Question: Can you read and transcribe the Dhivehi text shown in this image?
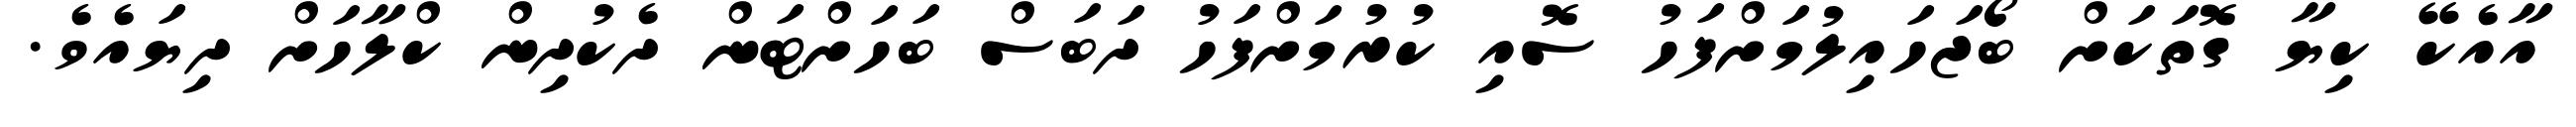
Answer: އާއެކޭ ކިޔާ ގޮތަކަށް ބޯޖަހައިލުމަށްފަހު ސޮއި ކުރުމަށްފަހު ދަބަސް ބަހަށްޓަން ދެކުދިން ކްލާހަށް ދިޔައެވެ.